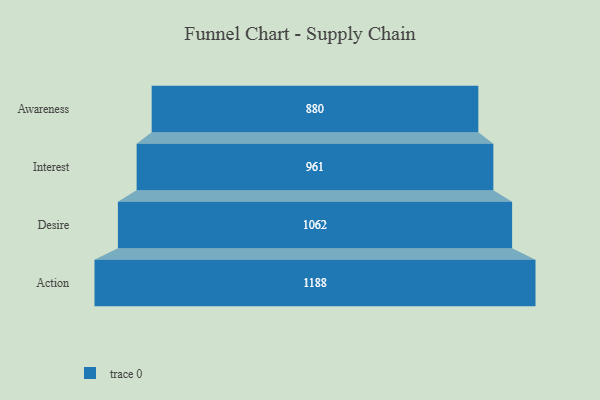
{"axis": {"x": "Stage", "y": "Value"}, "legend": [""], "data": [{"x": "Awareness", "y": 880.0, "type": ""}, {"x": "Interest", "y": 961.0, "type": ""}, {"x": "Desire", "y": 1062.0, "type": ""}, {"x": "Action", "y": 1188.0, "type": ""}]}